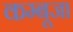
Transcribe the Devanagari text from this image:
कम्बूजा